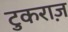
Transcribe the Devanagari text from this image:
टुकराज़